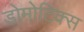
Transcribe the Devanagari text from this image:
डोमोटिक्स